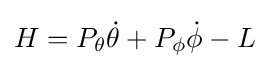
H=P_{\theta }{\dot {\theta }}+P_{\phi }{\dot {\phi }}-L